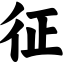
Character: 征